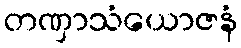
တဏှာသံယောဇနံ